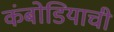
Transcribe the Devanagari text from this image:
कंबोडियाची